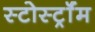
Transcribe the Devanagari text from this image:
स्टोर्स्ट्रॉम